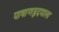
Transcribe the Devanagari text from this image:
पाषाणहृदयाला